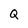
Character: Q